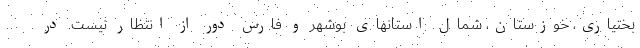
بختیاری، خوزستان، شمال استانهای بوشهر و فارس دور از انتظار نیست. در